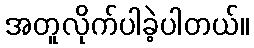
အတူလိုက်ပါခဲ့ပါတယ်။